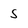
Character: S